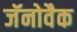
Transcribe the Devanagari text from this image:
जॅनोवैक